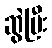
ဆွဲပြီး